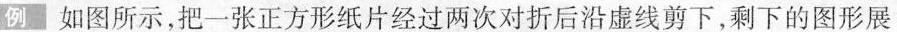
例 如图所示，把一张正方形纸片经过两次对折后沿虚线剪下，剩下的图形展